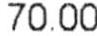
70.00